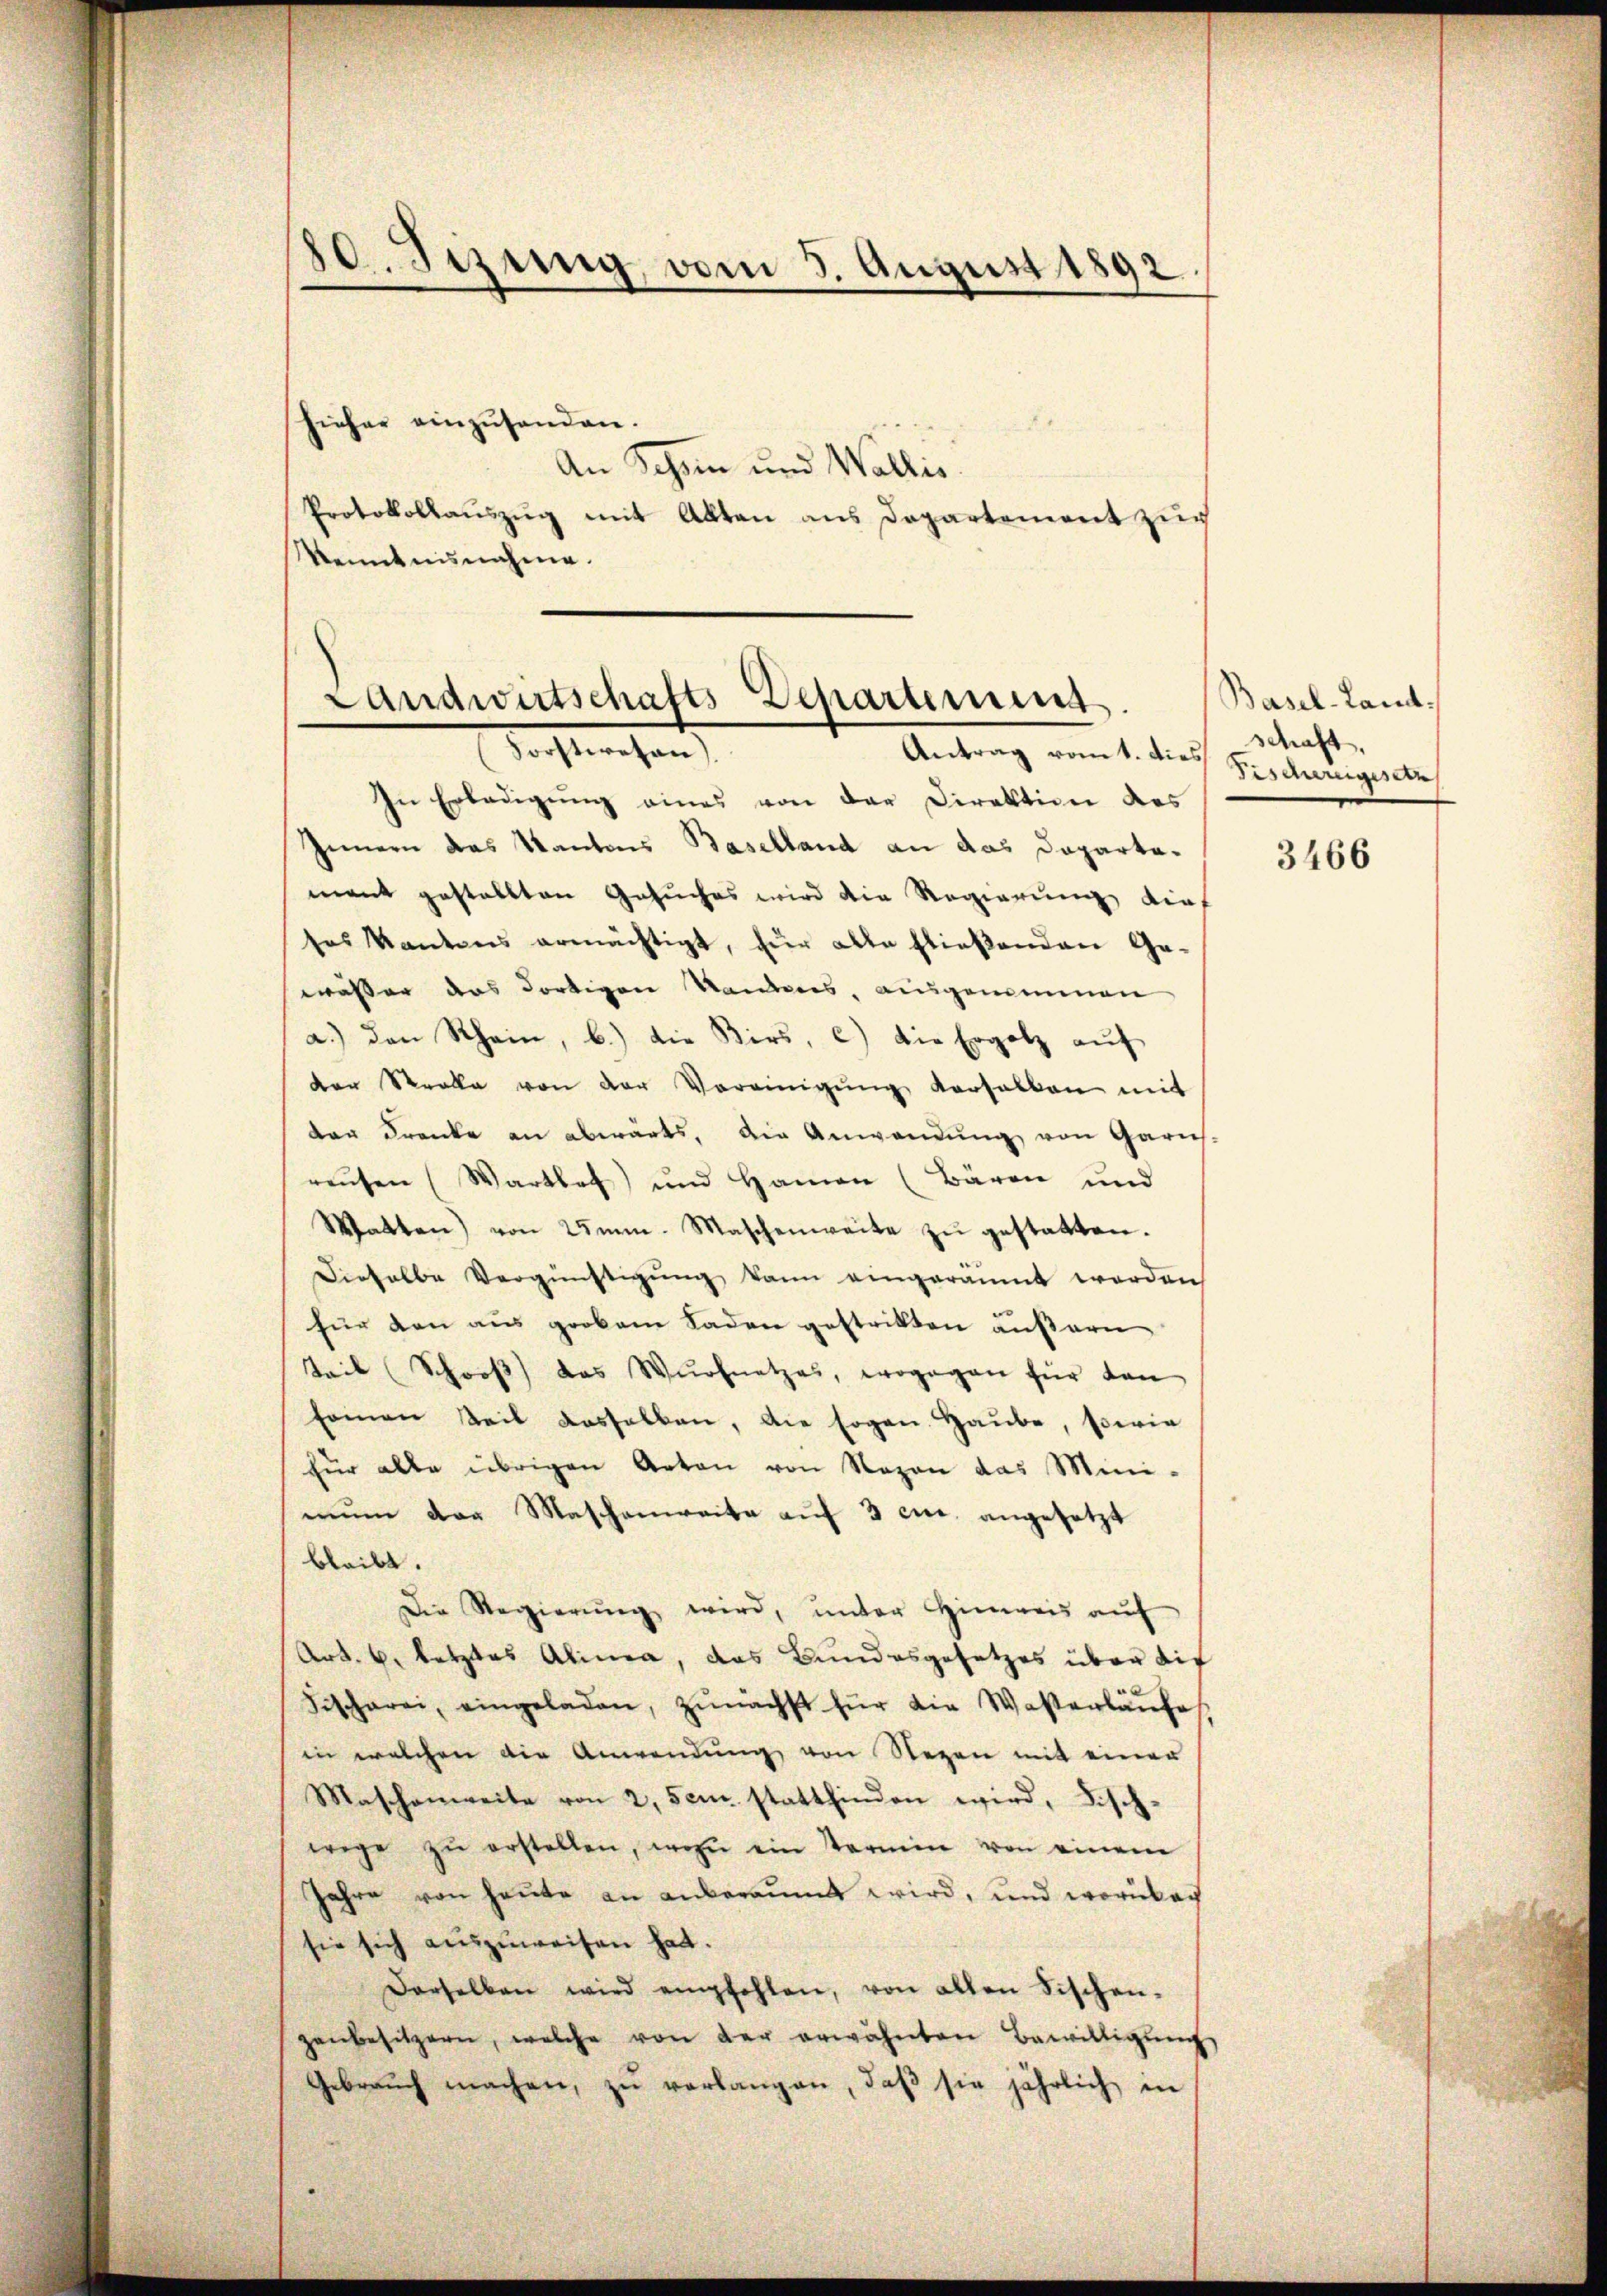
80. Sizung, vom 5. August 1892
¬

hieher einzusenden.
An Schon und Wallis.
Protokollauszug mit Alten aus Departement zur
kenntnisnahme.

Landwirtschafts-Departemens
Antrag romt. Dies Macht,
Forstwesen).

In Erledigŭng eines von der Direktion des
Innern das Kantons Baselland an das Dapartamant gestellten Gesuches wird die Regierung dies
tes Kantons ermächtigt, für alle fließenden Ge-
wässer das dortigen Randens, ausgenommen
a.) den Rhein, b.) die Kirs, c) die Ergolz aŭf
der Strale von der Vereinigŭng versalten mit
der Kranke an abwärts, die Anwendung von Garns.
reŭsen (Wartet und Hamen (Bären und
Watten) von 2mm. Maschenweite zŭ gestatten.
Dieselbe Vergünstigung kann eingeräumt worden
für den aus grobem Laden gestritten äußern
Teil (Schooβ das Wurfnetzes, wogegen für den
sainen Teil dasselben, die sogen Haŭbe, sowie
für alle übrigen Arten von Nazen das Mini-
nŭn der Maschenweite aŭf 3 cit. angesetzt
bleibt.
Die Regierŭng wird, ŭnter Hinweis aŭf
Art. 6. letztes Alinea, das Bundesgesetzes über die
Fischerei, eingeladen, zŭnächst für die Waserläŭfe
in welchen die Anwendŭng von Segen mit einer
Maschenweite von 2, sei stattfinden wird, Fisch-
wege zŭ erstellen, wozu ein Stermin von einem
Jahre von heute an anberaumt wird, und worüber
sie sich auszuweisen hat.
Derselben wird empfohlen, von allen Fischen-
zenbesitzern, welche von der erwähnten Bewilligŭng
Gebrauch machen, zu verlangen, daβ sie jährlich in

Basel-Land¬
Besaurengesetz

3466